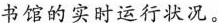
书馆的实时运行状况。